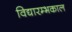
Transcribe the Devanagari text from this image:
विद्यारम्भकाल